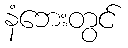
နံဘေးတွင်